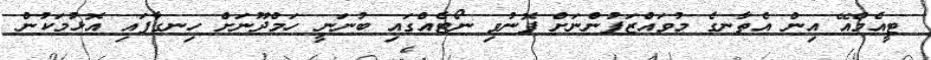
ޓީއެމްއޭ އިން އެތާނގެ މުވައްޒަފުންނަށް ފޮނުވި ނޯޓެއްގައި ބުނަނީ ހަމްދޫނަށް ހިނގާފައި އޮޅުމަކުން